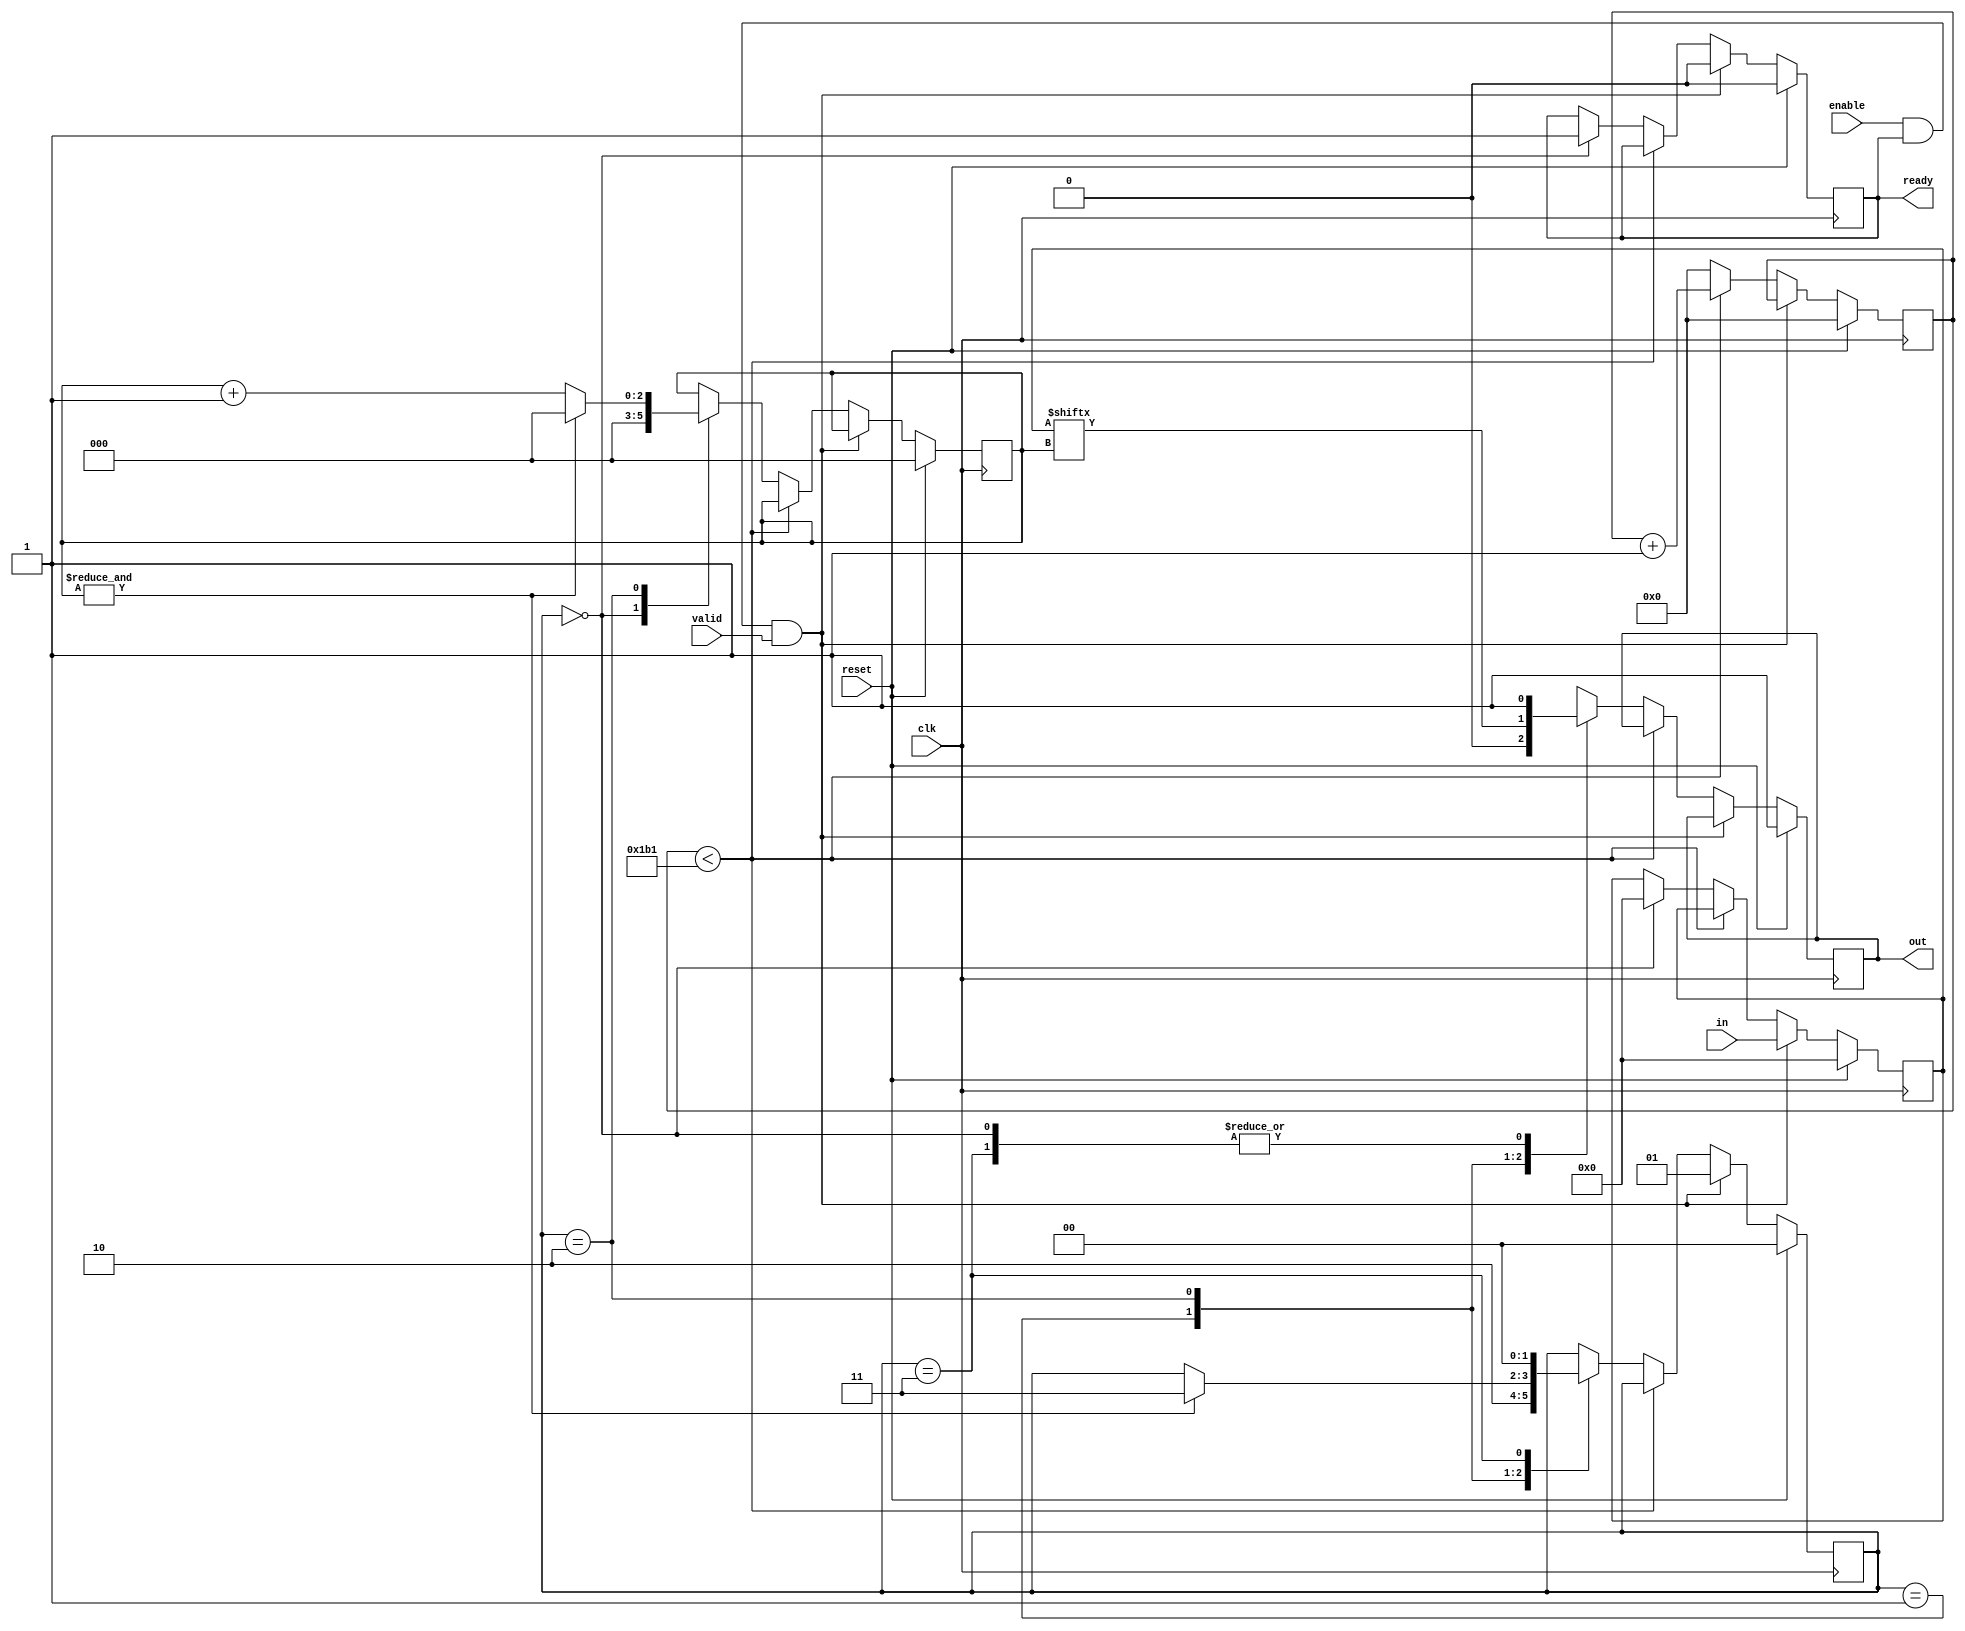
//
// Simple Verilog implementation of an UART transmitter
//
//  - 8N1 only (8-bit data word, 1 start bit, 1 stop bit)
//  - "ready" is high when ready for TX
//  - user drives "valid" high for 1 clock cycle to start TX
//  - internal baud rate generation
//  - tested on an FPGA at 115200 baud driven by a 48 MHz clock
//
//
// MIT License
//
// Copyright (c) 2024 Ciro Cattuto <ciro.cattuto@gmail.com>
//
// Permission is hereby granted, free of charge, to any person obtaining a copy
// of this software and associated documentation files (the "Software"), to deal
// in the Software without restriction, including without limitation the rights
// to use, copy, modify, merge, publish, distribute, sublicense, and/or sell
// copies of the Software, and to permit persons to whom the Software is
// furnished to do so, subject to the following conditions:

// The above copyright notice and this permission notice shall be included in all
// copies or substantial portions of the Software.

// THE SOFTWARE IS PROVIDED "AS IS", WITHOUT WARRANTY OF ANY KIND, EXPRESS OR
// IMPLIED, INCLUDING BUT NOT LIMITED TO THE WARRANTIES OF MERCHANTABILITY,
// FITNESS FOR A PARTICULAR PURPOSE AND NONINFRINGEMENT. IN NO EVENT SHALL THE
// AUTHORS OR COPYRIGHT HOLDERS BE LIABLE FOR ANY CLAIM, DAMAGES OR OTHER
// LIABILITY, WHETHER IN AN ACTION OF CONTRACT, TORT OR OTHERWISE, ARISING FROM,
// OUT OF OR IN CONNECTION WITH THE SOFTWARE OR THE USE OR OTHER DEALINGS IN THE
// SOFTWARE.
//
// Originally based on Dmitry Pchelkin's verilog-uart (https://github.com/hell03end/verilog-uart)
//

module UARTTransmitter #(
    parameter CLOCK_RATE = 50000000,
    parameter BAUD_RATE = 115200
)(
    input  wire       clk,      // clock
    input  wire       reset,    // reset
    input  wire       enable,   // TX enable
    input  wire       valid,    // start transaction
    input  wire [7:0] in,       // data to transmit
    output reg        out,      // TX line
    output reg        ready     // ready for TX
);
    localparam TX_PERIOD_COUNT = $rtoi(CLOCK_RATE / BAUD_RATE + 0.5);
    localparam TX_COUNT_WIDTH = $clog2(TX_PERIOD_COUNT);
    reg [TX_COUNT_WIDTH-1:0] txCounter = 0;
   
    // state machine
    localparam IDLE = 0, START_BIT = 1, DATA_BITS = 2, STOP_BIT = 3;
    reg [1:0] state;

    reg [7:0] data;         // input byte
    reg [2:0] bitIndex;     // bit index

    always @(posedge clk) begin
        if (reset) begin
            ready <= 0;
            out <= 1; 
            bitIndex <= 3'b0;
            data <= 8'b0;
            state <= IDLE;
            txCounter <= 0;
        end else if (enable & ready & valid) begin
            data    <= in; // latch input data
            ready   <= 1'b0;
            state   <= START_BIT;
        end else if (txCounter < (TX_PERIOD_COUNT - 1)) begin
            // TX baud generation
            txCounter <= txCounter + 1;
        end else begin
            txCounter <= 0;
            case (state)
                default: begin
                    state <= IDLE;
                end
                
                IDLE: begin
                    out <= 1; // drive line high
                    ready <= 1;
                    bitIndex <= 3'b0;
                    data <= 8'b0;
                end

                START_BIT: begin
                    out <= 0; // send start bit (low)
                    state <= DATA_BITS;
                end

                DATA_BITS: begin // send data bits
                    out <= data[bitIndex];
                    if (&bitIndex) begin
                        bitIndex <= 3'b0;
                        state <= STOP_BIT;
                    end else begin
                        bitIndex <= bitIndex + 1;
                    end
                end

                STOP_BIT: begin // send stop bit (high)
                    out <= 1;
                    state <= IDLE;
                end
            endcase
        end
    end

endmodule